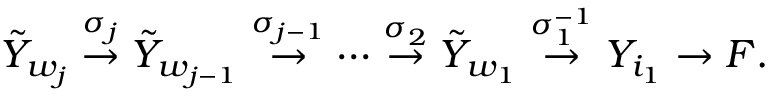
\tilde { Y } _ { w _ { j } } \stackrel { \sigma _ { j } } { \rightarrow } \tilde { Y } _ { w _ { j - 1 } } \stackrel { \sigma _ { j - 1 } } { \rightarrow } \cdots \stackrel { \sigma _ { 2 } } { \rightarrow } \tilde { Y } _ { w _ { 1 } } \stackrel { \sigma _ { 1 } ^ { - 1 } } { \rightarrow } Y _ { i _ { 1 } } \rightarrow F .